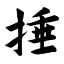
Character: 捶